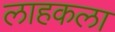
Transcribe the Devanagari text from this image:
लाहकला